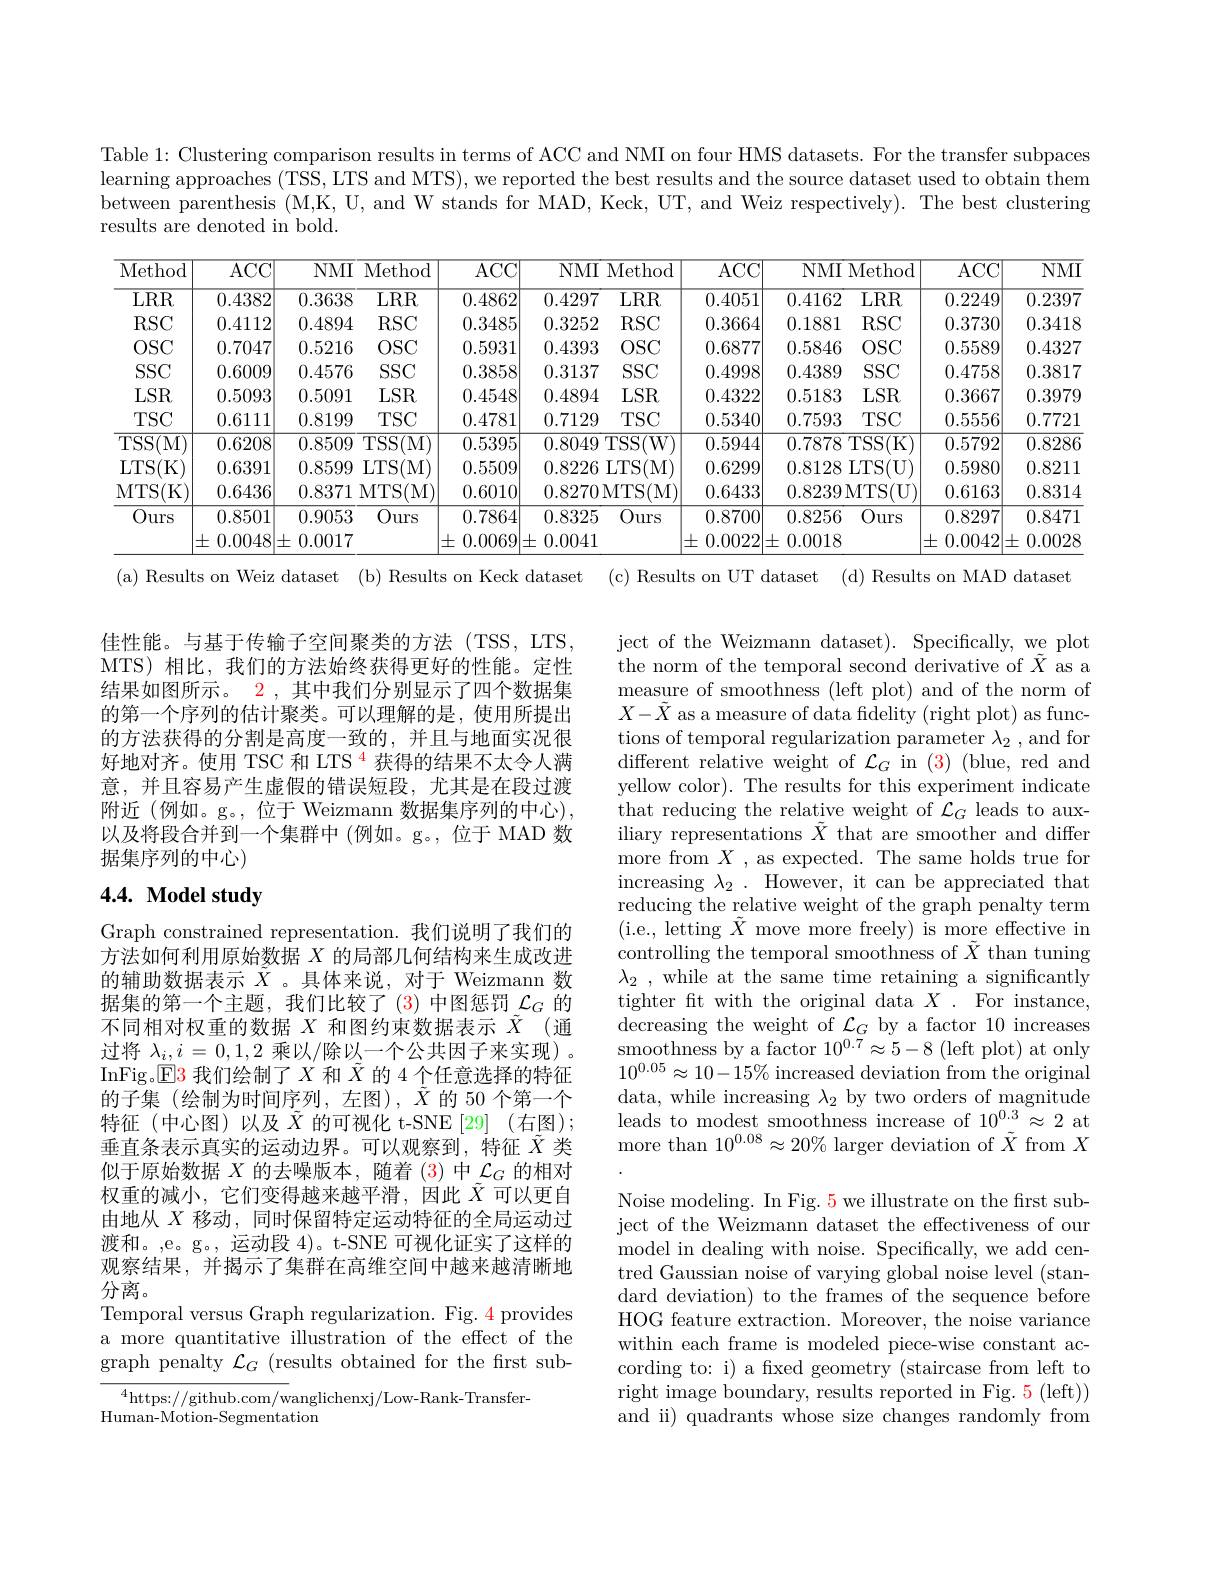
Table 1: Clustering comparison results in terms of ACC and NMI on four HMS datasets. For the transfer subpaces learning approaches (TSS, LTS and MTS), we reported the best results and the source dataset used to obtain them between parenthesis (M,K, U, and W stands for MAD, Keck, UT, and Weiz respectively). The best clustering results are denoted in bold.

<table>
	<tbody>
		<tr>
			<th>Method</th>
			<th>ACC</th>
			<th>$NMI$ Met</th>
			<th>ACC</th>
			<th>$NMI$ Method</th>
			<th>$\overline{\mathrm{ACC}}$</th>
			<th>$\overline{{\mathrm{CC}}}$</th>
			<th>MI T Method</th>
			<th>ACC</th>
			<th>$NMI$</th>
		</tr>
		<tr>
			<td>LRR</td>
			<td>0.4382</td>
			<td>0.3638 LR</td>
			<td>0.4862</td>
			<td>4297 LRR</td>
			<td>0.4051</td>
			<td>)51 0.</td>
			<td>62 LRR</td>
			<td>0.2249</td>
			<td>0.2397</td>
		</tr>
		<tr>
			<td>RSC</td>
			<td>0.4112</td>
			<td>RS 0.4894</td>
			<td>0.3485</td>
			<td>.3252 RSC</td>
			<td>0.3664</td>
			<td>$j64$ 0.</td>
			<td>:81 RSC</td>
			<td>0.3730</td>
			<td>0.3418</td>
		</tr>
		<tr>
			<td>$OSC$</td>
			<td>0.7047</td>
			<td>$OS$ 0.5216</td>
			<td>0.5931</td>
			<td>4393 $OSC$</td>
			<td>0.6877</td>
			<td>377 0.</td>
			<td>:46 $OSC$</td>
			<td>0.5589</td>
			<td>0.4327</td>
		</tr>
		<tr>
			<td>$SSC$</td>
			<td>0.6009</td>
			<td>SS 0.4576</td>
			<td>0.3858</td>
			<td>.3137 $SSC$</td>
			<td>0.4998</td>
			<td>998 0.</td>
			<td>:89 $SSC$</td>
			<td>0.4758</td>
			<td>0.3817</td>
		</tr>
		<tr>
			<td>$LSR$</td>
			<td>0.5093</td>
			<td>0.5091 LS</td>
			<td>0.4548</td>
			<td>4894 LSR</td>
			<td>0.4322</td>
			<td>322 0.</td>
			<td>83 $LSR$</td>
			<td>0.3667</td>
			<td>0.3979</td>
		</tr>
		<tr>
			<td>TSC</td>
			<td>0.6111</td>
			<td>$TS$ 0.8199</td>
			<td>0.4781</td>
			<td>7129 TSC</td>
			<td>0.5340</td>
			<td>340 0.</td>
			<td>;93 $TSC$</td>
			<td>0.5556</td>
			<td>0.7721</td>
		</tr>
		<tr>
			<td>TSS( M</td>
			<td>0.6208</td>
			<td>$TSS$ 0.8509</td>
			<td>0.5395</td>
			<td>.8049 $TSS$ $(W$</td>
			<td>0.5944</td>
			<td>944 0.</td>
			<td>$\overline{78\:\mathrm{TSS(K)}}$</td>
			<td>0.5792</td>
			<td>0.8286</td>
		</tr>
		<tr>
			<td>LTS( K</td>
			<td>0.6391</td>
			<td>0.8599 $LTS$</td>
			<td>0.5509</td>
			<td>8226 LTS( M) </td>
			<td>0.6299</td>
			<td>299 0.</td>
			<td>28 LTS(U)</td>
			<td>0.5980</td>
			<td>0.8211</td>
		</tr>
		<tr>
			<td>MTS( K] </td>
			<td>0.6436</td>
			<td>0.8371 $MTS$</td>
			<td>0.6010</td>
			<td>.8270MTS(M)</td>
			<td>0.6433</td>
			<td>133 0.</td>
			<td>39MTS(U)</td>
			<td>0.6163</td>
			<td>0.8314</td>
		</tr>
		<tr>
			<td rowspan="2">$\overline{\mathrm{Ours}}$</td>
			<td>0.8501</td>
			<td>0.9053 $Ou$</td>
			<td>0.7864</td>
			<td>8325 $\overline{\text{Ours}}$</td>
			<td>0.8700</td>
			<td>700 0.</td>
			<td>:56 Ours</td>
			<td>0.8297</td>
			<td>0.8471</td>
		</tr>
		<tr>
			<td>$\pm0.0048$ 1</td>
			<td>0.0017 一</td>
			<td>$\pm($ 0.0069</td>
			<td>.0041</td>
			<td>$\pm0.0022$</td>
			<td>)22 土 0.</td>
			<td>118</td>
			<td>$\pm0.0042$</td>
			<td>土 0.0028 11</td>
		</tr>
	</tbody>
</table>
(a) Results on Weiz dataset (b) Results on Keck dataset
(c) Results on UT dataset (d) Results on MAD dataset

佳性能。与基于传输子空间聚类的方法(TSS,LTS, MTS)相比，我们的方法始终获得更好的性能。定性结果如图所示。2 , 其中我们分别显示了四个数据集的第一个序列的估计聚类。可以理解的是，使用所提出的方法获得的分割是高度一致的，并且与地面实况很好地对齐。使用 TSC 和 LTS $^{\color{red}{4}}$获得的结果不太令人满意，并且容易产生虚假的错误短段，尤其是在段过渡附近(例如。g。,位于 Weizmann 数据集序列的中心), 以及将段合并到一个集群中(例如。g。,位于 MAD 数据集序列的中心)

## $4. 4. \textbf{ Model study}$

Graph constrained representation.我们说明了我们的方法如何利用原始数据$X$的局部几何结构来生成改进的辅助数据表示$\tilde{X}$ 。具体来说，对于 Weizmann 数据集的第一个主题，我们比较了(3)中图惩罚$\mathcal{L}_G$的不同相对权重的数据$X$和图约束数据表示$\tilde{X}$(通过将 $\lambda_i,i=0,1,2$ 乘以/除以一个公共因子来实现)。InFig。$\boxed{\mathrm{E}}3$我们绘制了$X$和$\tilde{X}$的 4 个任意选择的特征的子集(绘制为时间序列，左图),$\tilde{\tilde{X}}$的 50 个第一个特征(中心图)以及$\tilde{X}$的可视化 t-SNE[29](右图); 垂直条表示真实的运动边界。可以观察到，特征$\tilde{X}$类似于原始数据$X$的去噪版本，随着 (3)中$\mathcal{L}_G$的相对权重的减小，它们变得越来越平滑，因此$\tilde{X}$可以更自由地从$X$移动，同时保留特定运动特征的全局运动过渡和。,e。g。, 运动段 4)。t-SNE 可视化证实了这样的观察结果，并揭示了集群在高维空间中越来越清晰地分离。
Temporal versus Graph regularization. Fig. 4 provides a more quantitative illustration of the effect of the graph penalty $\mathcal{L}_G$ (results obtained for the frst sub-

$^{4}$https://github.com/wanglichenxj/Low-Rank-Transfer-
Human-Motion-Segmentation

ject of the Weizmann dataset). Specifically, we plot the norm of the temporal second derivative of $\tilde{X}$ as a measure of smoothness (left plot) and of the norm of $X-\tilde{X}$ as a measure of data fidelity (right plot) as functions of temporal regularization parameter $\lambda_2$ , and for different relative weight of $\mathcal{L}_G$ in (3) (blue, red and yellow color). The results for this experiment indicate that reducing the relative weight of $\mathcal{L}_G$ leads to auxiliary representations $\tilde{X}$ that are smoother and differ more from $X$ , as expected. The same holds true for increasing $\lambda _2$ . However, it can be appreciated that reducing the relative weight of the graph penalty term ( i. e. , letting $\tilde{X}$ move more freely) is more effective in controlling the temporal smoothness of $\tilde{X}$ than tuning $\lambda_{2}$ , while at the same time retaining a significantly tighter ft with the original data $X.$ For instance, decreasing the weight of $\mathcal{L}_G$ by a factor 10 increases $\bar{\text{smoothness by a factor }10^{0.7}}\approx5-8$(left plot) at only $10^{0.05}\approx10-15\%$ increased deviation from the original data, while increasing $\lambda_2$ by two orders of magnitude leads to modest smoothness increase of $10_{\tilde{}}^{0.3}\approx2$ at more than $10^{0.08}\approx20\%$ larger deviation of $\tilde{X}$ from $X$ Noise modeling. In Fig. 5 we illustrate on the first subject of the Weizmann dataset the effectiveness of our model in dealing with noise. Specifically, we add centred Gaussian noise of varying global noise level (standard deviation) to the frames of the sequence before HOG feature extraction. Moreover, the noise variance within each frame is modeled piece-wise constant according to: i) a fixed geometry (staircase from left to right image boundary, results reported in Fig. 5 (left)) and ii) quadrants whose size changes randomly from